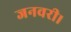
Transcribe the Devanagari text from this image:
जनवरी।